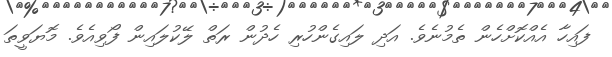
ފައިހާ އެއްކޮށްހެން ތެމުނެވެ. އަދި ލައިގެންހުރި ހެދުން ރަތް ލޭކުލައިން ފޯވިއެވެ. މޮޔަވީތަ